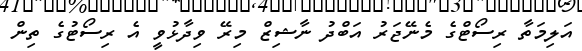
އަލިމަތާ ރިސޯޓްގެ މެނޭޖަރު އަބްދު ނާޝިޒް މިރޭ ވިދާޅުވީ އެ ރިސޯޓުގެ ތިން